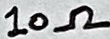
Text: 10Ω